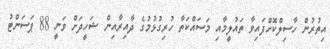
އިތުރުން ހާސިލްކޮށްފައިވާ ތައުލީމާއި މަސައްކަތާ ހުރިގުޅުމުގެ ދާއިރާއިން ޝަހީދަށް ވަނީ 88 ޕަސަންޓު